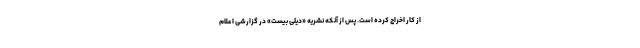
از کار اخراج کرده است. پس از آنکه نشریه «دیلی بیست» در گزارشی اعلام